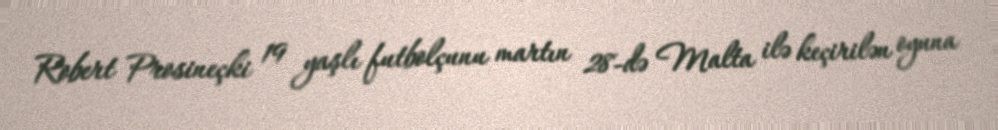
Robert Prosineçki 19 yaşlı futbolçunu martın 28-də Malta ilə keçirilən oyuna